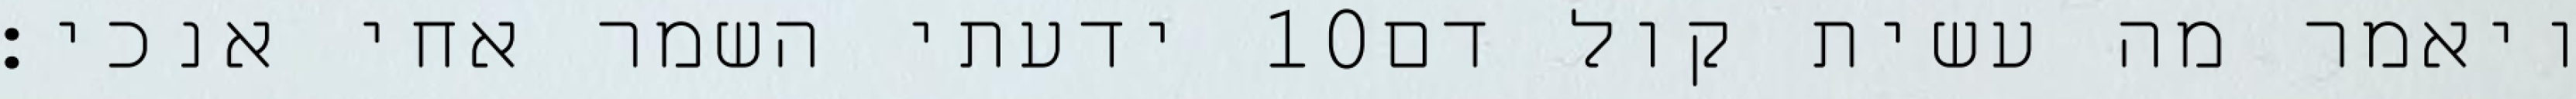
ידעתי השמר אחי אנכי׃ ‎10‏ ויאמר מה עשית קול דם